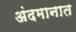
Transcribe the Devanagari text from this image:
अंदमानात